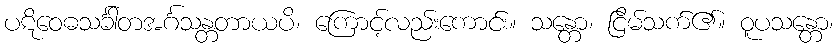
ပဋိဝေဓသင်္ခါတအင်္ဂသန္တတာယပိ၊ ကြောင့်လည်းကောင်း။ သန္တော၊ ငြိမ်သက်၏။ ဝူပသန္တော၊